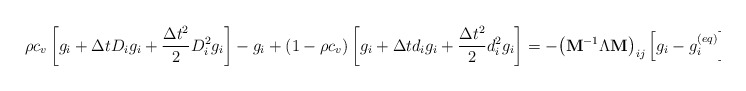
\begin{align*}\rho c_v\left[g_i+ \Delta t D_ig_i+\frac{\Delta t^2}{2}D_i^2g_i \right] -g_i +(1-\rho c_v)\left[g_i+\Delta td_i g_i +\frac{\Delta t^2}{2}d_i^2g_i \right]=- {\left( {{{\bf{M}}^{ - 1}}\Lambda {\bf{M}}} \right)_{ij}} \left[{g_i - g_i^{(eq)}} \right] +\Delta t {\bar F_i}+\vartheta \Delta t {S_i},\end{align*}